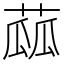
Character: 蓏